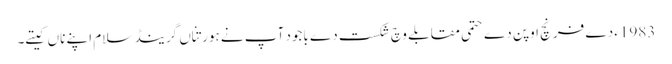
1983ء دے فرنچ اوپن دے حتمی مقابلے وچ شکست دے باجود آپ نے ہور تِناں گرینڈ سلام اپنے ناں کیتے۔